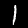
Label: 1